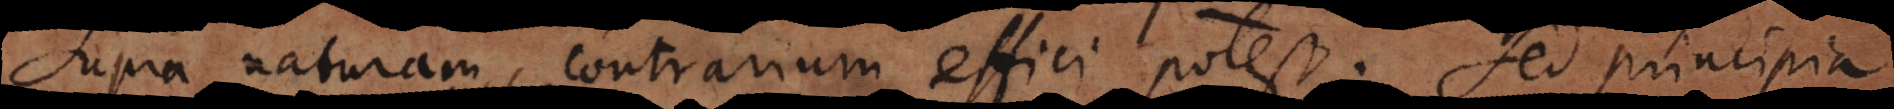
supra naturam, contrarium effici potest; sed princip